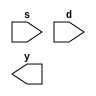
module demux_8(s,d,y);
input [2:0]s;
input d;
output [7:0]y;




endmodule